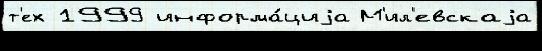
т'ех 1999 информа́циjа М'ил'евскаjа